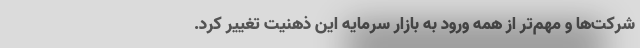
شرکت‌ها و مهم‌تر از همه ورود به بازار سرمایه این ذهنیت تغییر کرد.